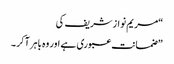
“مریم نوازشریف کی
”ضمانت عبوری ہے اور وہ باہر آکر ۔